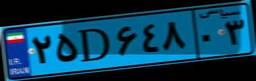
۲۵D۶۴۸۰۳